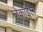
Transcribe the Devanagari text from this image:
जेकाइल